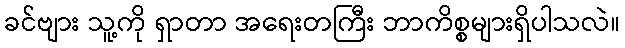
ခင်ဗျား သူ့ကို ရှာတာ အရေးတကြီး ဘာကိစ္စများရှိပါသလဲ။